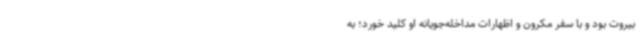
بیروت بود و با سفر مکرون و اظهارات مداخله‌جویانه او کلید خورد؛ به